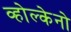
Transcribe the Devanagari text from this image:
व्होल्केनो